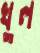
খুল